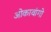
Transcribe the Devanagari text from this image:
ओकावांगो